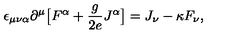
\epsilon _ { \mu \nu \alpha } \partial ^ { \mu } \big [ F ^ { \alpha } + { \frac { g } { 2 e } } J ^ { \alpha } \big ] = J _ { \nu } - \kappa F _ { \nu } ,